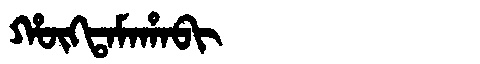
Manchu: ᡥᡡᡴᡨᠠᠮᠠᡥᠠᠪᡳ
Romanization: HŪKTAMAHABI